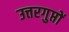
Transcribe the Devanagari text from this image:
उत्तरगुप्तों